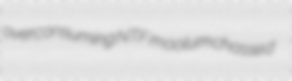
overconsuming NTF moolum chassed